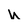
Character: N